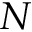
N